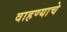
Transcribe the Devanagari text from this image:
वाहण्याचे